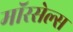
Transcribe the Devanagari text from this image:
मॉरसेल्स